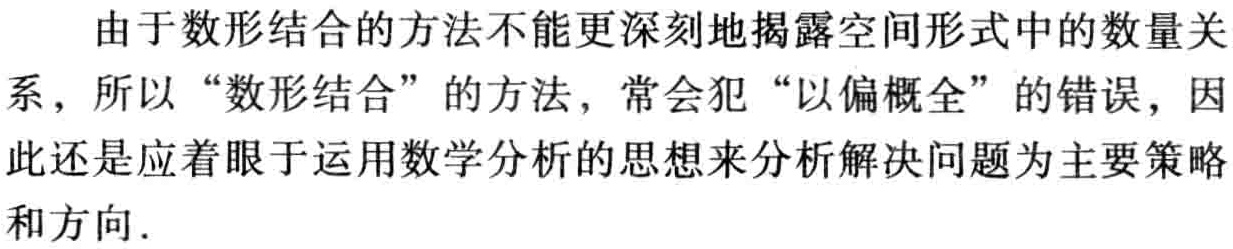
由于数形结合的方法不能更深刻地揭露空间形式中的数量关系，所以“数形结合”的方法，常会犯“以偏概全”的错误，因此还是应着眼于运用数学分析的思想来分析解决问题为主要策略和方向.